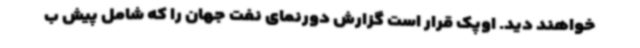
خواهند دید. اوپک قرار است گزارش دورنمای نفت جهان را که شامل پیش ب